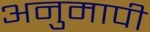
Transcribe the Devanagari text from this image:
अनुमापी